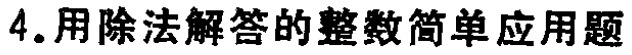
4.用除法解答的整数简单应用题